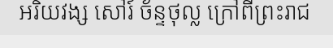
អរិយវង្ស សៅរ៍ ច័ន្ទថុល្ល ក្រៅពីព្រះរាជ